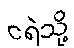
ငရဲသို့